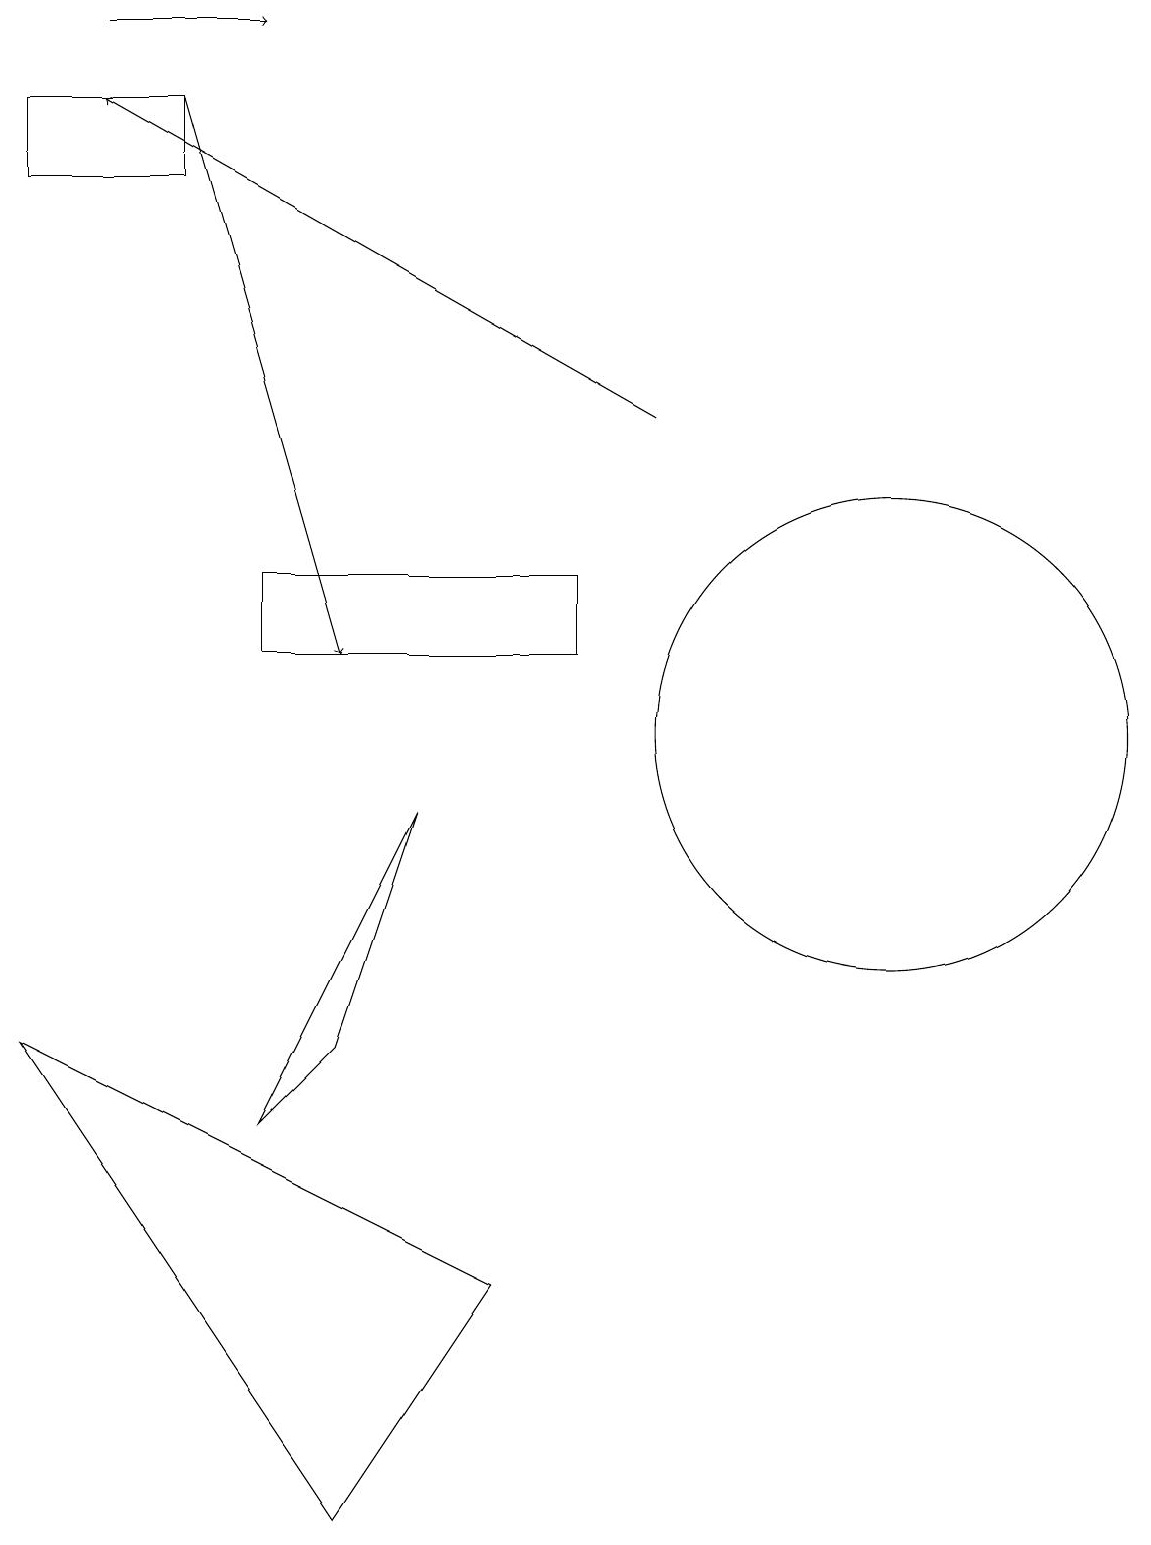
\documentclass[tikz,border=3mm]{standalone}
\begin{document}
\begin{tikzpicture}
\draw[->] (2,18) -- (4,11);
\draw[->] (8,14) -- (1,18);
\draw (0,17) rectangle (2,18);
\draw (6,3) -- (0,6) -- (4,0) -- cycle;
\draw[->] (1,19) -- (3,19);
\draw (11,10) circle (3);
\draw (3,5) -- (4,6) -- (5,9) -- cycle;
\draw (7,12) rectangle (3,11);
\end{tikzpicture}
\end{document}